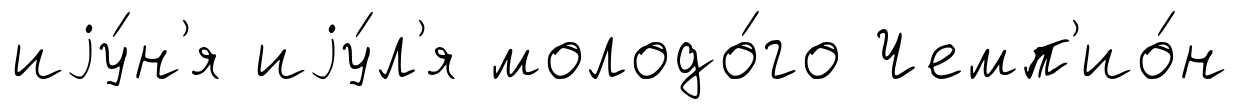
иjу́н'я иjу́л'я молодо́го Чемп'ио́н